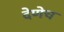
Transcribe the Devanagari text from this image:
देणेच